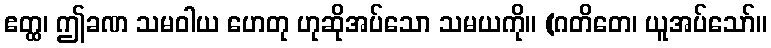
ဧတ္ထ၊ ဤခဏ သမဝါယ ဟေတု ဟုဆိုအပ်သော သမယကို။ (ဂတိတေ၊ ယူအပ်သော်။